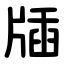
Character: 牐